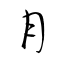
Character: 月